Vaccination in Bombay 1863-1868 - 1863-1868
Year: 1863
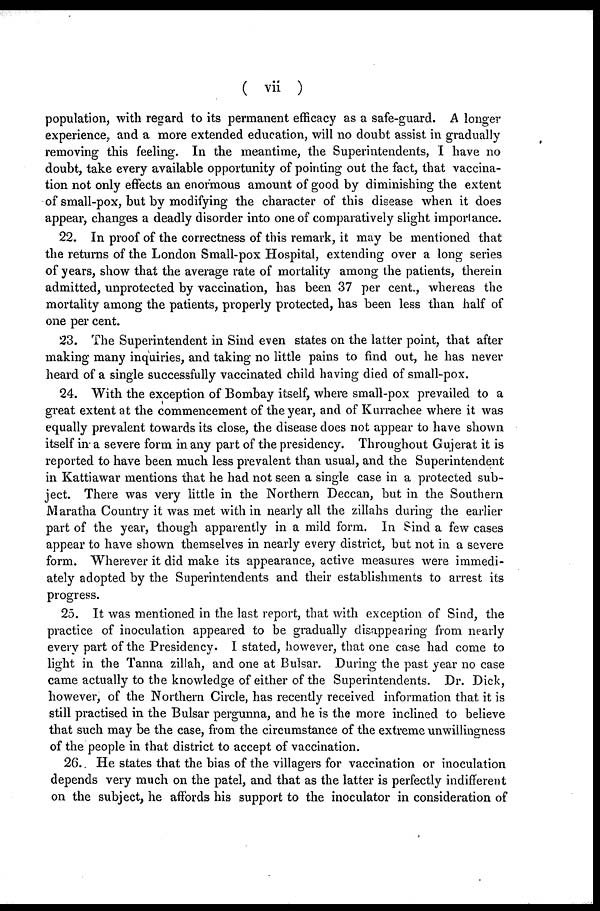
( vii )
population, with regard to its permanent efficacy as a safe-guard. A longer
experience, and a more extended education, will no doubt assist in gradually
removing this feeling. In the meantime, the Superintendents, I have no
doubt, take every available opportunity of pointing out the fact, that vaccina-
tion not only effects an enormous amount of good by diminishing the extent
of small-pox, but by modifying the character of this disease when it does
appear, changes a deadly disorder into one of comparatively slight importance.
22. In proof of the correctness of this remark, it may be mentioned that
the returns of the London Small-pox Hospital, extending over a long series
of years, show that the average rate of mortality among the patients, therein
admitted, unprotected by vaccination, has been 37 per cent., whereas the
mortality among the patients, properly protected, has been less than half of
one per cent.
23. The Superintendent in Sind even states on the latter point, that after
making many inquiries, and taking no little pains to find out, he has never
heard of a single successfully vaccinated child having died of small-pox.
24. With the exception of Bombay itself, where small-pox prevailed to a
great extent at the commencement of the year, and of Kurrachee where it was
equally prevalent towards its close, the disease does not appear to have shown
itself in a severe form in any part of the presidency. Throughout Gujerat it is
reported to have been much less prevalent than usual, and the Superintendent
in Kattiawar mentions that he had not seen a single case in a protected sub-
ject. There was very little in the Northern Deccan, but in the Southern
Maratha Country it was met with in nearly all the zillahs during the earlier
part of the year, though apparently in a mild form. In Sind a few cases
appear to have shown themselves in nearly every district, but not in a severe
form. Wherever it did make its appearance, active measures were immedi-
ately adopted by the Superintendents and their establishments to arrest its
progress.
25. It was mentioned in the last report, that with exception of Sind, the
practice of inoculation appeared to be gradually disappearing from nearly
every part of the Presidency. I stated, however, that one case had come to
light in the Tanna zillah, and one at Bulsar. During the past year no case
came actually to the knowledge of either of the Superintendents. Dr. Dick,
however, of the Northern Circle, has recently received information that it is
still practised in the Bulsar pergunna, and he is the more inclined to believe
that such may be the case, from the circumstance of the extreme unwillingness
of the people in that district to accept of vaccination.
26. He states that the bias of the villagers for vaccination or inoculation
depends very much on the patel, and that as the latter is perfectly indifferent
on the subject, he affords his support to the inoculator in consideration of